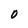
Character: O